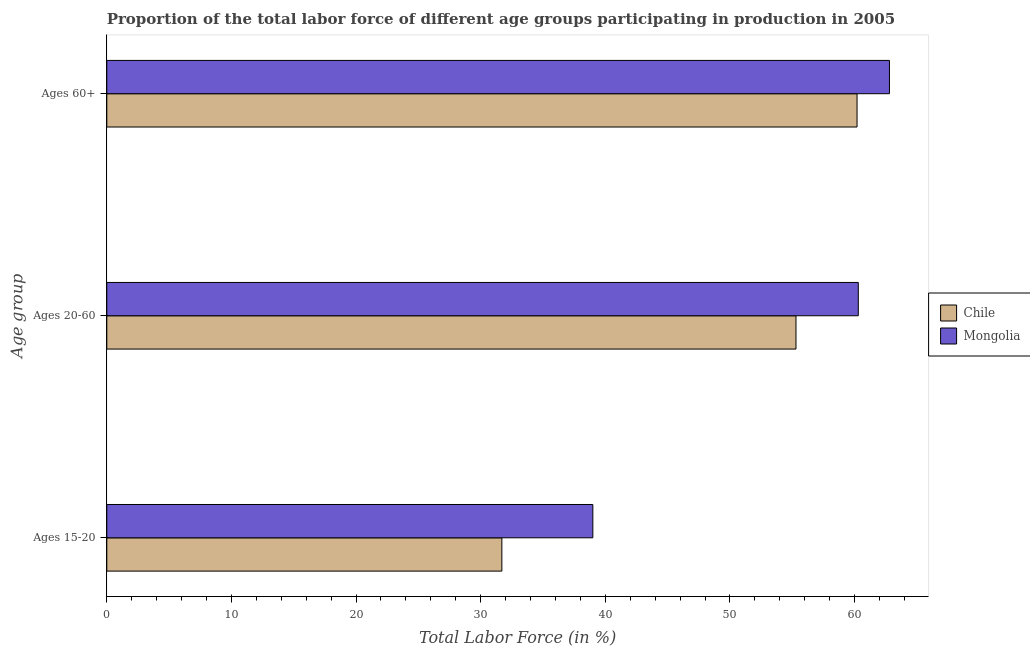
| Age group | Chile | Mongolia |
 | --- | --- | --- |
 | Ages 15-20 | 31.7 | 39 |
 | Ages 20-60 | 55.3 | 60.3 |
 | Ages 60+ | 60.2 | 62.8 |